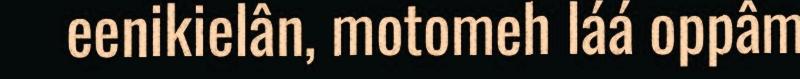
eenikielân, motomeh láá oppâm